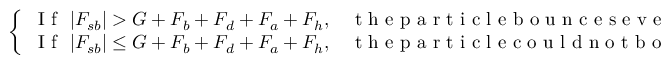
\left\{ \begin{array} { l l } { \mathrm { ~ I ~ f ~ } ~ | F _ { s b } | > G + F _ { b } + F _ { d } + F _ { a } + F _ { h } , } & { \mathrm { ~ t ~ h ~ e ~ p ~ a ~ r ~ t ~ i ~ c ~ l ~ e ~ b ~ o ~ u ~ n ~ c ~ e ~ s ~ e ~ v ~ e ~ n ~ w ~ i ~ t ~ h ~ o ~ u ~ t ~ j ~ e ~ t ~ ; ~ } } \\ { \mathrm { ~ I ~ f ~ } ~ | F _ { s b } | \leq G + F _ { b } + F _ { d } + F _ { a } + F _ { h } , } & { \mathrm { ~ t ~ h ~ e ~ p ~ a ~ r ~ t ~ i ~ c ~ l ~ e ~ c ~ o ~ u ~ l ~ d ~ n ~ o ~ t ~ b ~ o ~ u ~ n ~ c ~ e ~ w ~ i ~ t ~ h ~ o ~ u ~ t ~ j ~ e ~ t ~ . ~ } } \end{array} \right.